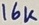
Text: 16K